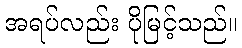
အရပ်လည်း ပိုမြင့်သည်။